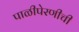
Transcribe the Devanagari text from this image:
पाळीपेरणीची